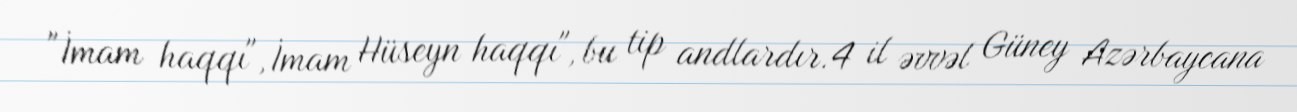
"İmam haqqı", İmam Hüseyn haqqı", bu tip andlardır.4 il əvvəl Güney Azərbaycana